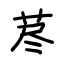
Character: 荩